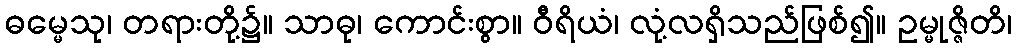
ဓမ္မေသု၊ တရားတို့၌။ သာဓု၊ ကောင်းစွာ။ ဝီရိယံ၊ လုံ့လရှိသည်ဖြစ်၍။ ဥမ္မုဇ္ဇိတိ၊